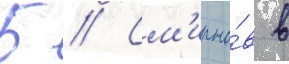
Б // См'ирно́в в